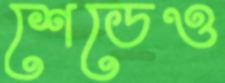
শেডেও